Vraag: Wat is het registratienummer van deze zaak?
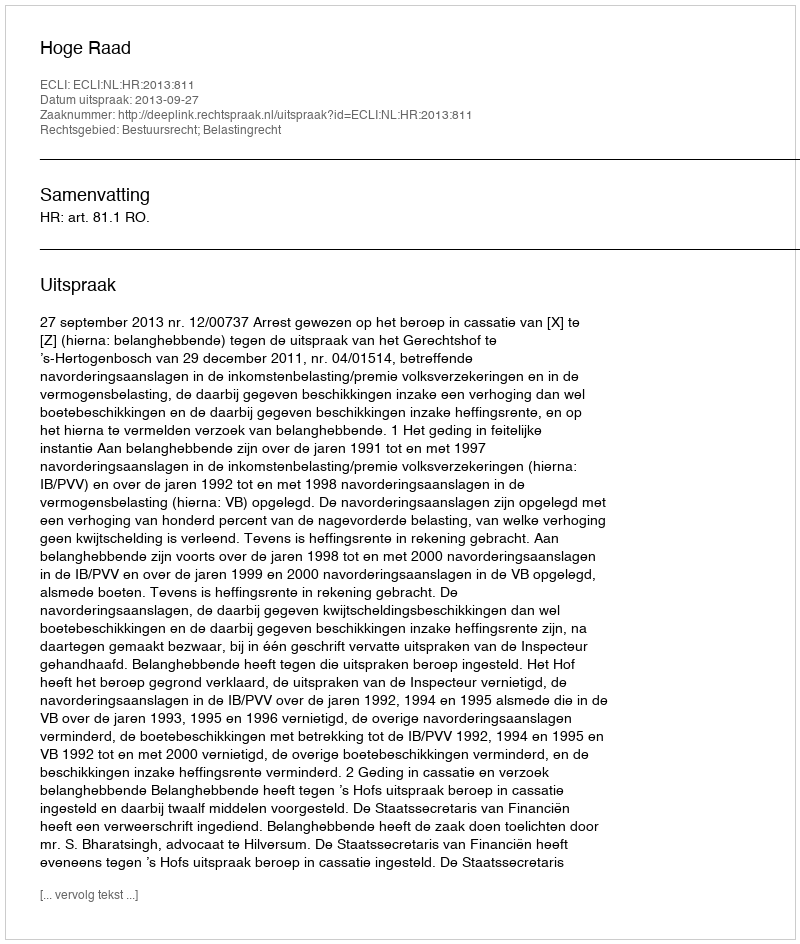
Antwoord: http://deeplink.rechtspraak.nl/uitspraak?id=ECLI:NL:HR:2013:811